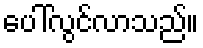
ပေါ်လွင်လာသည်။